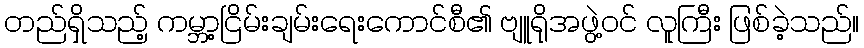
တည်ရှိသည့် ကမ္ဘာ့ငြိမ်းချမ်းရေးကောင်စီ၏ ဗျူရိုအဖွဲ့ဝင် လူကြီး ဖြစ်ခဲ့သည်။